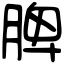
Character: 脾